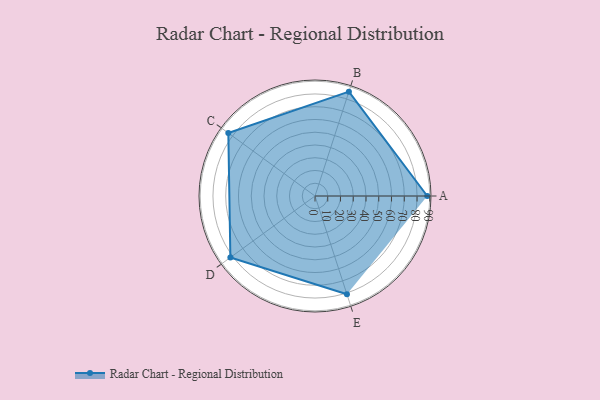
{"axis": {"x": "Skill", "y": "Score"}, "legend": ["Profile"], "data": [{"x": "A", "y": 88.0, "type": "Profile"}, {"x": "B", "y": 86.0, "type": "Profile"}, {"x": "C", "y": 84.0, "type": "Profile"}, {"x": "D", "y": 82.0, "type": "Profile"}, {"x": "E", "y": 81.0, "type": "Profile"}]}